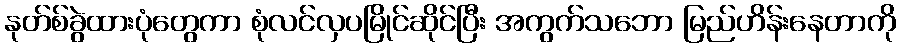
နုတ်စ်ခွဲထားပုံတွေကာ စုံလင်လှပမြိုင်ဆိုင်ပြီး အကွက်သဘော မြည်ဟိန်းနေတာကို